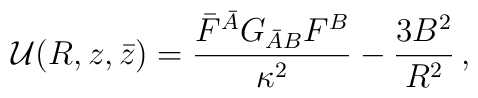
{\cal U}(R,z,\bar z)= \frac{\bar F^{\bar A} G_{\bar A B} F^B}{\kappa^2} - \frac{3 B^2}{R^2} \, ,